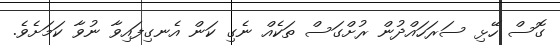
ގޮސް ހޭޅި ސަރަހައްދުން ރުށްގަސް ތަކެއް ނެގި ކަން އެނގިފައިވާ ނުވާ ކަމަށެވެ.